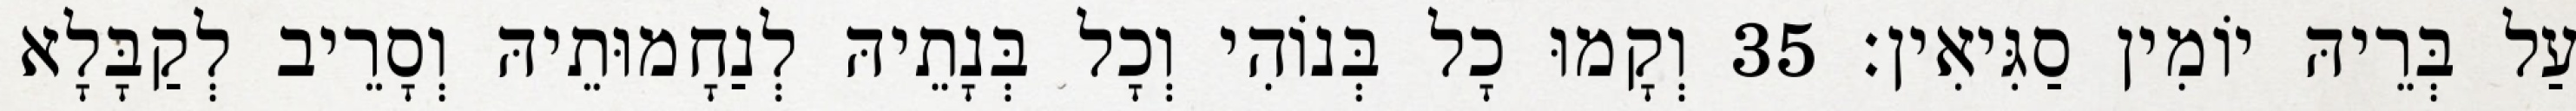
עַל בְּרֵיהּ יוֹמִין סַגִּיאִין׃ 35 וְקָמוּ כָל בְּנוֹהִי וְכָל בְּנָתֵיהּ לְנַחָמוּתֵיהּ וְסָרֵיב לְקַבָּלָא